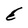
Character: E